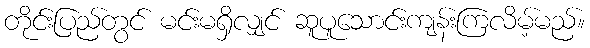
တိုင်းပြည်တွင် မင်းမရှိလျှင် ဆူပူသောင်းကျန်းကြလိမ့်မည်။